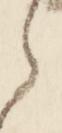
之